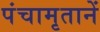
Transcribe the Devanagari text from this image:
पंचामृतानें